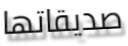
صديقاتها